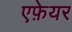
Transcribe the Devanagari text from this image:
एफ़ेयर